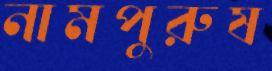
নামপুরুষ